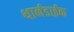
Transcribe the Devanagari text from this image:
थार्नडाईक